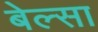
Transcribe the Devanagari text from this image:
बेल्सा